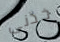
خذنى